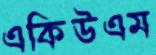
একিউএম